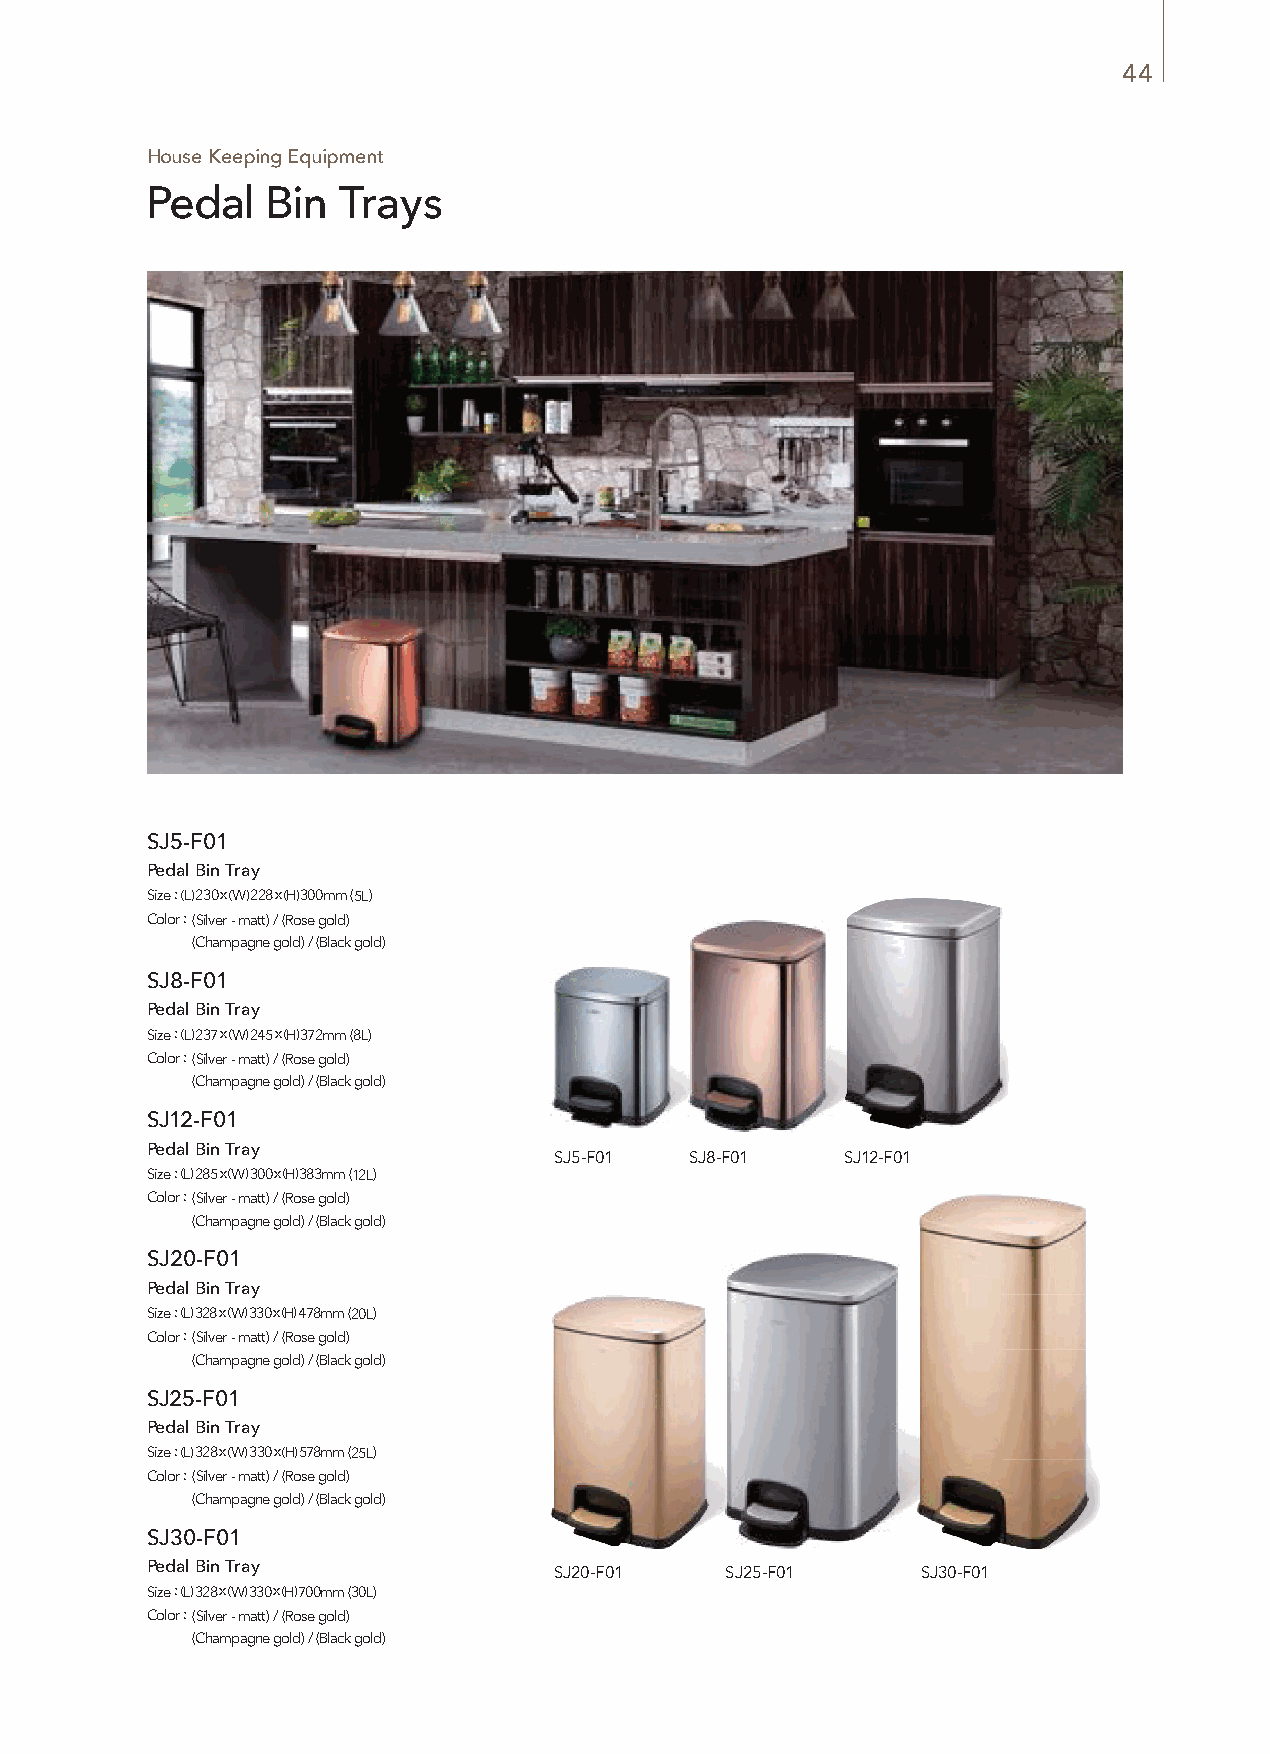
44
 House Keeping Equipment
 Pedal   Bin Trays
 SJ5-F01
 Pedal Bin Tray
 Size : (L) 230 x (W) 228 x (H) 300mm (5L)
 Color : (Silver - matt) / (Rose gold)
 (Champagne gold) / (Black gold)
 SJ8-F01
 Pedal Bin Tray
 Size : (L) 237 x (W) 245 x (H) 372mm (8L)
 Color : (Silver - matt) / (Rose gold)
 (Champagne gold) / (Black gold)
 SJ12-F01
 Pedal Bin Tray
 SJ5-F01  SJ8-F01   SJ12-F01
 Size : (L) 285 x (W) 300 x (H) 383mm (12L)
 Color : (Silver - matt) / (Rose gold)
 (Champagne gold) / (Black gold)
 SJ20-F01
 Pedal Bin Tray
 Size : (L) 328 x (W) 330 x (H) 478mm (20L)
 Color : (Silver - matt) / (Rose gold)
 (Champagne gold) / (Black gold)
 SJ25-F01
 Pedal Bin Tray
 Size : (L) 328 x (W) 330 x (H) 578mm (25L)
 Color : (Silver - matt) / (Rose gold)
 (Champagne gold) / (Black gold)
 SJ30-F01
 Pedal Bin Tray
 SJ20-F01   SJ25-F01     SJ30-F01
 Size : (L) 328 x (W) 330 x (H) 700mm (30L)
 Color : (Silver - matt) / (Rose gold)
 (Champagne gold) / (Black gold)